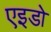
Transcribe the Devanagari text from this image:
एइडो